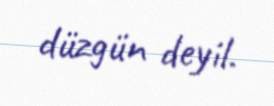
düzgün deyil.